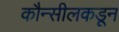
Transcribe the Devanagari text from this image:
कौन्सीलकडून